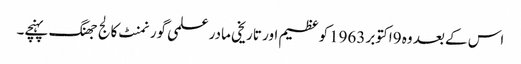
اس کے بعد وہ 9اکتوبر 1963کو عظیم اور تاریخی مادر علمی گورنمنٹ کالج جھنگ پہنچے۔